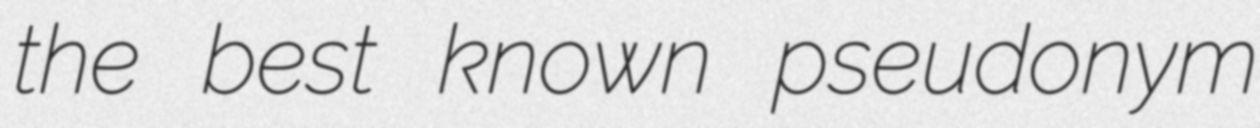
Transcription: the best known pseudonym